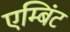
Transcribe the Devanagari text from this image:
एम्बिंट